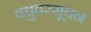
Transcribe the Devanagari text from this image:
वधुवरसूचन